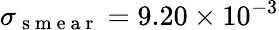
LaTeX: \sigma_{\mathrm{~s~m~e~a~r~}}=9.20\times 10^{-3}